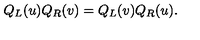
Q _ { L } ( u ) Q _ { R } ( v ) = Q _ { L } ( v ) Q _ { R } ( u ) .